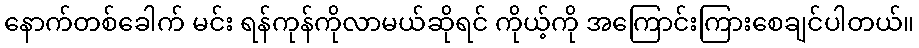
နောက်တစ်ခေါက် မင်း ရန်ကုန်ကိုလာမယ်ဆိုရင် ကိုယ့်ကို အကြောင်းကြားစေချင်ပါတယ်။